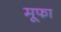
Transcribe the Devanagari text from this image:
मूफा